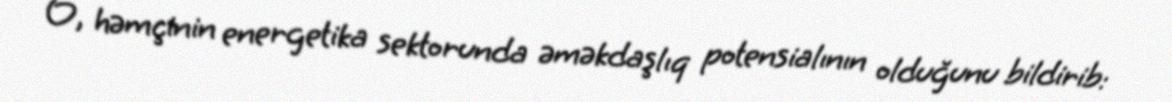
O, həmçinin energetika sektorunda əməkdaşlıq potensialının olduğunu bildirib: